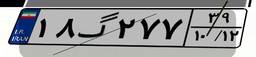
۷۶گ۷۵۰۱۶